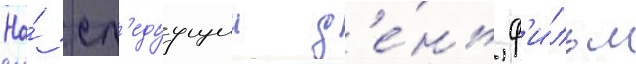
На́ сл'едуущии д'е́нь ф'и́льм